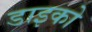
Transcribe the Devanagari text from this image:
डाइको